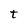
Character: t